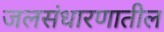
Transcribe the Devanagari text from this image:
जलसंधारणातील